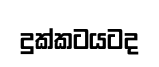
දුක්කටයටද